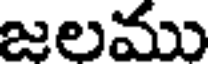
జలము